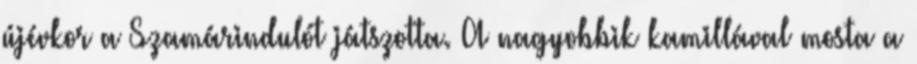
újévkor a Szamárindulót játszotta. A nagyobbik kamillával mosta a